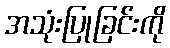
အသုံးပြုခြင်းကို